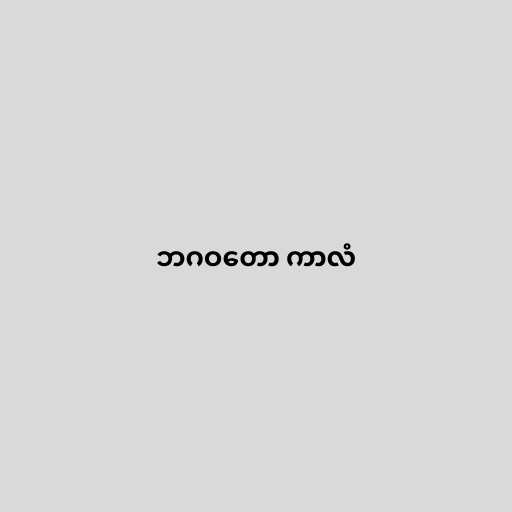
ဘဂဝတော ကာလံ